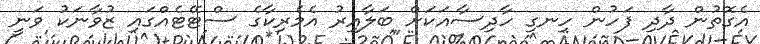
އެގޮތުން ދާދި ފަހުން ހިނގި ހާދިސާއަކަށް ބަލާއިރު އެމެރިކާގެ ސްޓޭޓެއްގައި ޒުވާނަކު ވަނީ